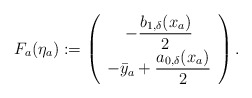
\begin{align*}\begin{aligned}F_a(\eta_a) & := \left(\begin{array}{c}-\dfrac{b_{1,\delta}(x_a)}{2} \\-\bar{y}_a + \dfrac{a_{0,\delta}(x_a)}{2}\end{array}\right).\end{aligned}\end{align*}